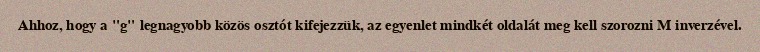
Ahhoz, hogy a "g" legnagyobb közös osztót kifejezzük, az egyenlet mindkét oldalát meg kell szorozni M inverzével.